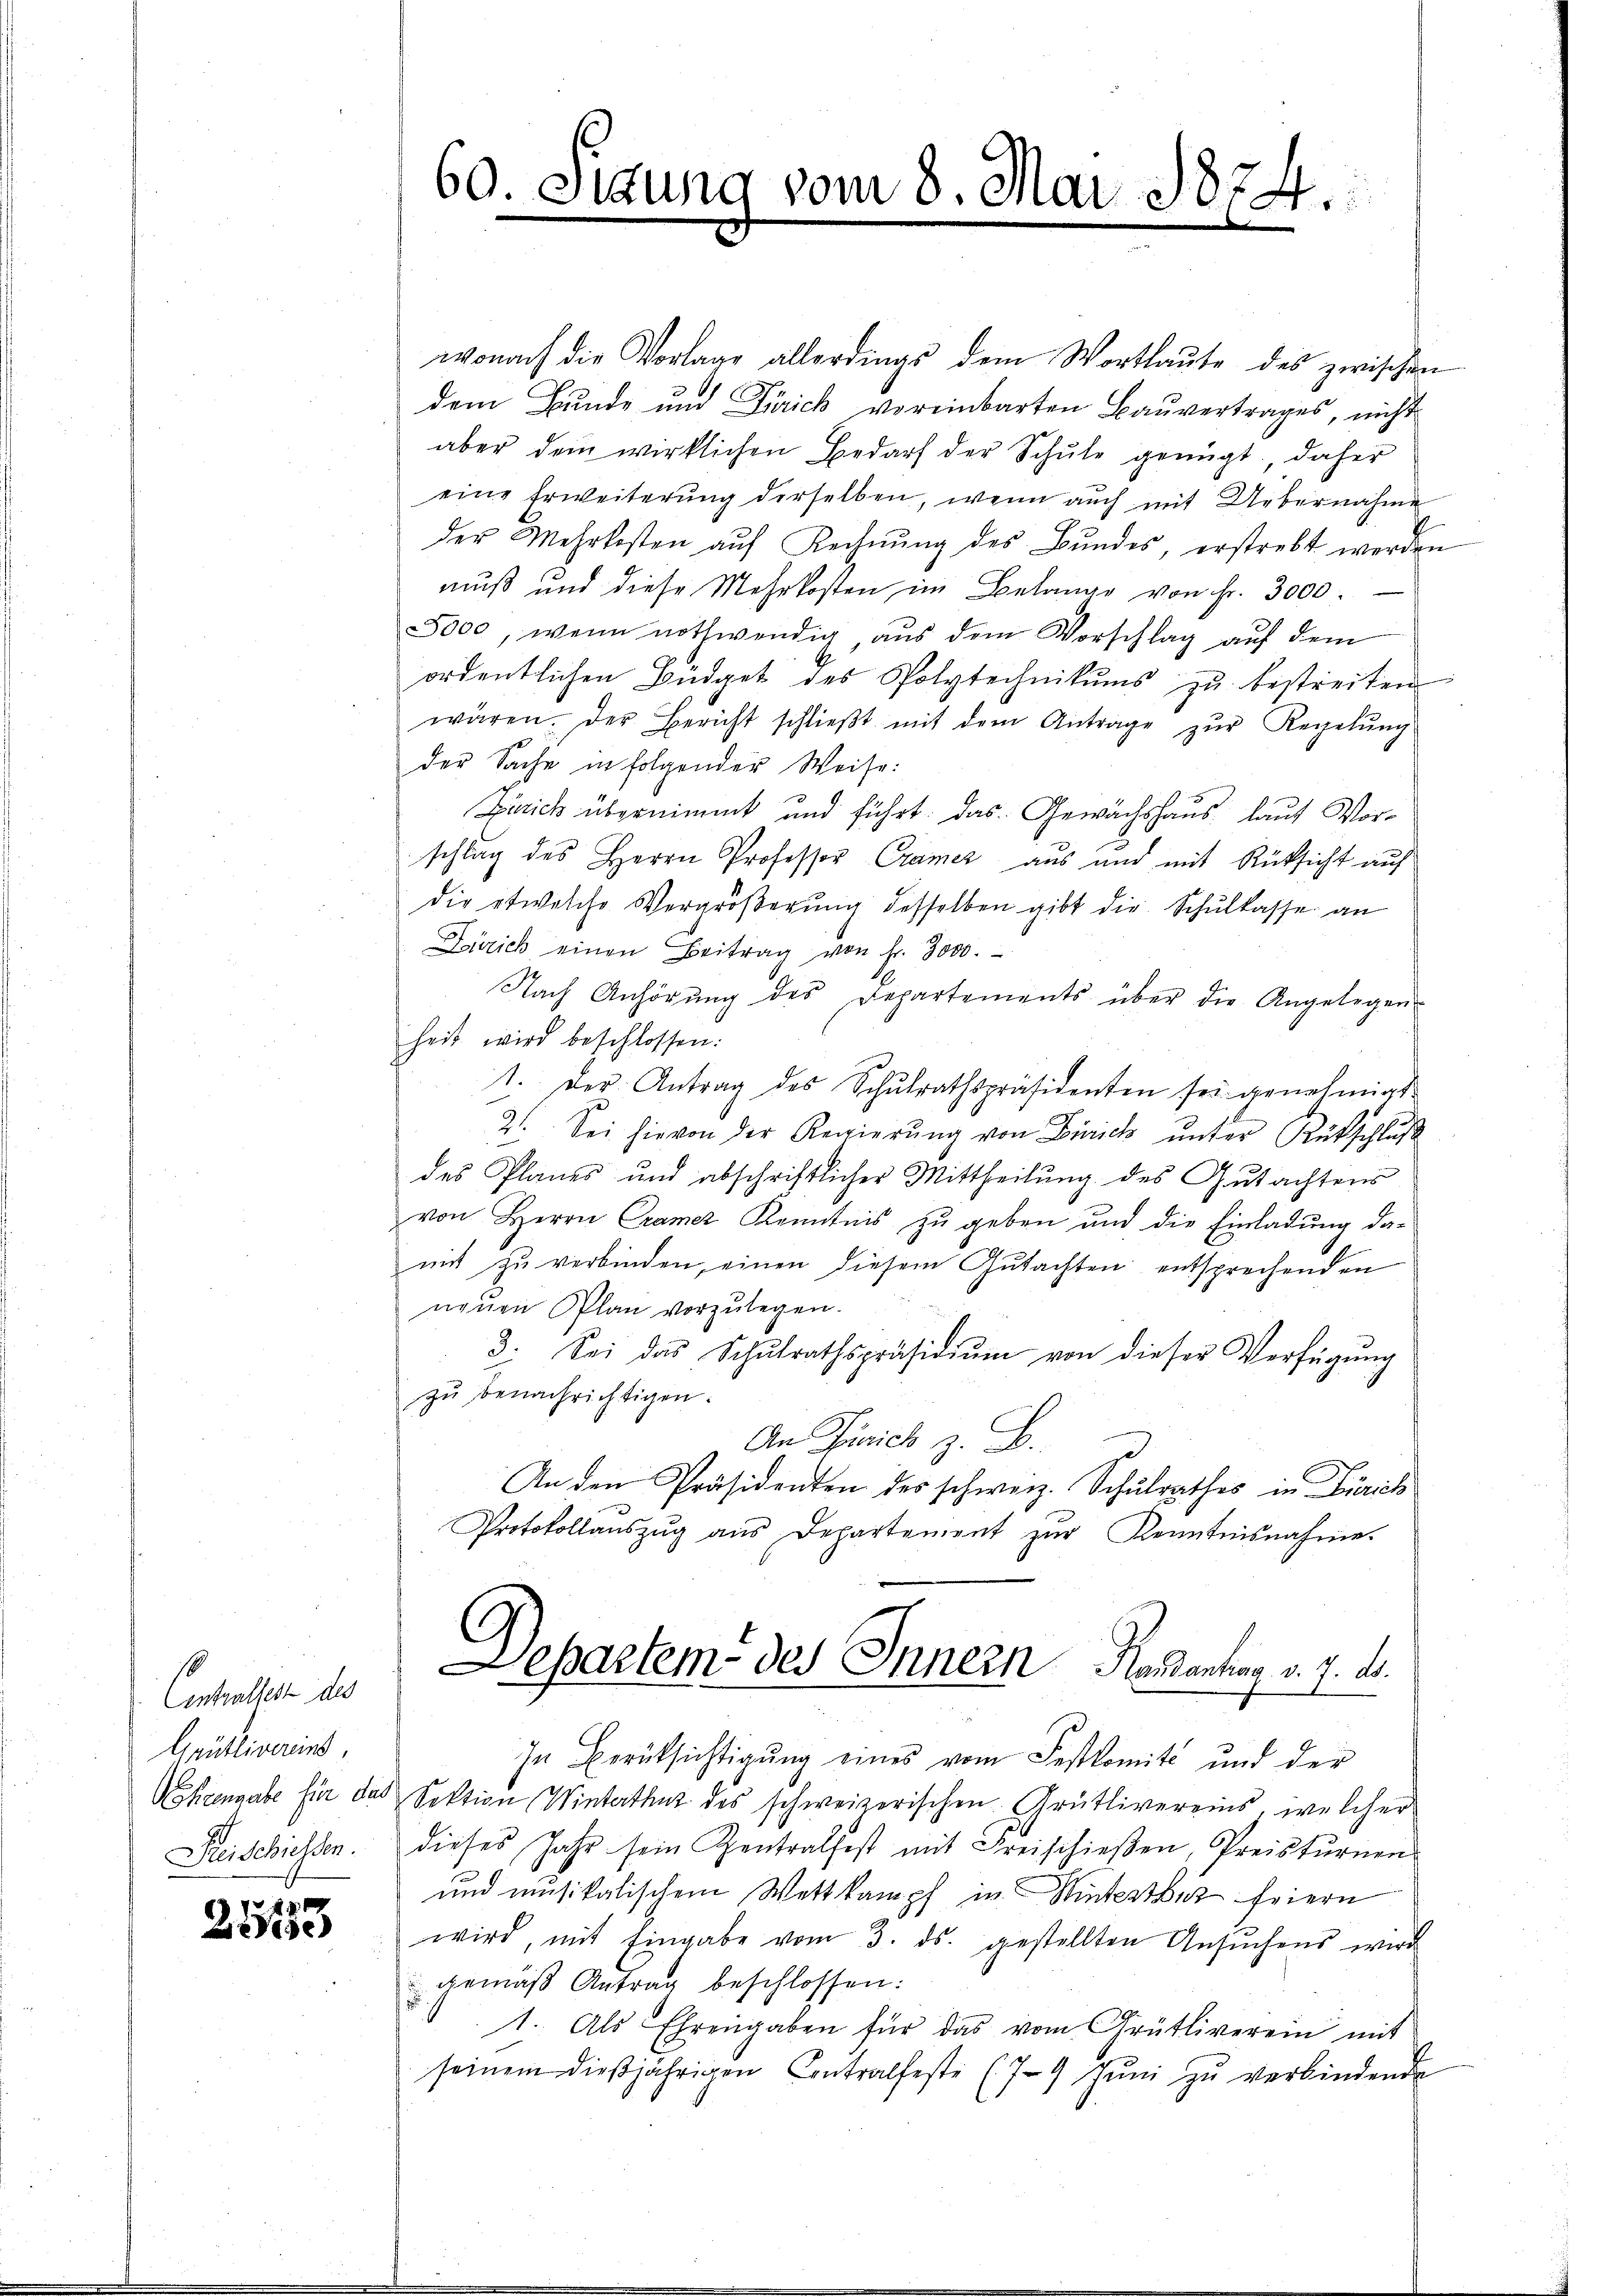
Eintralsest des
Grütlivereins,
heengabe für das
Kreischiessen.

253

60. Sigung vom 8. Mai 1874.

wonach die Vorlage allerdings dem Wortlaute des zwischen
dem Bunde und Zürich voreinbarten Baŭvertrages, nicht
aber dem wirklichen Bedarf der Schŭle genügt, daher
eine Erweiterung derselben, wenn auch mit Uebernahme
der Mehrkosten aŭf Rechnŭng des Bŭndes, erstrebt werden
muß und diese Mehrkosten im Belange von Fr. 3000.
3000, wenn nothwendig, aus dem Vorschlag auf dem
ordentlichen Büdget des Polytechnikums zu bestreiten
wären. Der Bericht schlieβt mit dem Antrage zŭr Regelŭng
der Sache in folgender Weise:
Zürich übernimmt und führt. Das Gewächshaus lauf Vorschlag des Herrn Professor Cramer aus und mit Rücksicht auf
die etwelche Vergröβerŭng desselben gibt die Schŭlkasse an
Zürich einen Beitrag von Fr. 3000.
Nach Anhörung des Departements über die Angelegen-
heit wird beschlossen:
1. Der Antrag des Schŭlrathspräsidenten sei genehmigt.
21. Sei hievon der Regierŭng von Zürich ŭnter Rükschluß
des Planes und abschriftlicher Mittheilung des Gutachtens
von Herrn Cramer Kenntnis zu geben und die Einladung da-
mit zu verbinden, einen diesem Gutachten entsprechenden
neuen Plan vorzulegen.
3. Sei das Schŭlrathspräsidiŭm von dieser Verfügŭng
zŭ benachrichtigen.
An Zürich z. B.
An den Präsidenten des schweiz. Schulrathes in Zürich
Protokollaŭszŭg aŭs Departement zŭr Kenntnisnahme
Departem des Innern Handantrag v. 7. d.
In Berücksichtigung eines vom Festkomité und der
Sektion Winterthut des schweizerischen Grütlivereins, welcher
dieses Jahr sein Zentralfest mit Freischießen, Preisturnen
und musikalischem Wettkampf in Winterthet feiern
wird, mit Eingabe vom 3. ds. gestellten Ansŭchens wird
gemäß Antrag beschlossen:
1. Als Ehrengaben für das vom Grütliverein mit
seinem dießjährigen Contralfeste (79 Jŭni zŭ verbindende